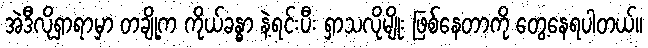
အဲဒီလိုရှာရာမှာ တချို့က ကိုယ်ခန္ဓာ နဲ့ရင်းပီး ရှာသလိုမျိုး ဖြစ်နေတာကို တွေ့နေရပါတယ်။